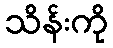
သိန်းကို